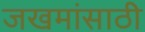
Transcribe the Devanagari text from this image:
जखमांसाठी